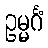
ဥမ္မင်္ဂံ